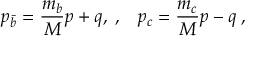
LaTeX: p _ { \bar { b } } = \frac { m _ { b } } { M } p + q , \; , \; \; \; p _ { c } = \frac { m _ { c } } { M } p - q \; ,